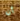
أن